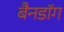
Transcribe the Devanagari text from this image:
बैनडॉग